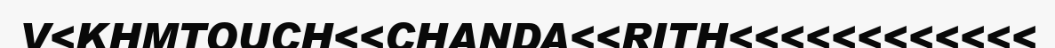
V<KHMTOUCH<<CHANDA<<RITH<<<<<<<<<<<<